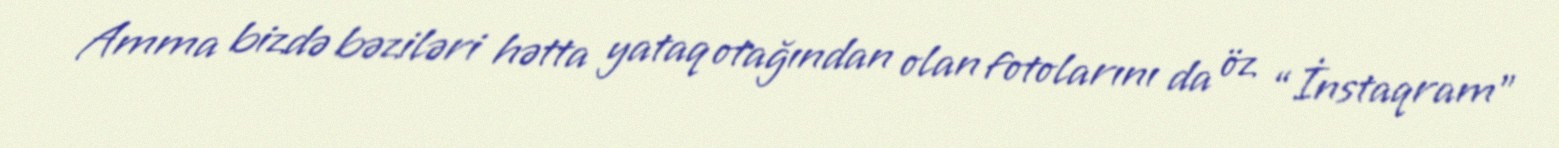
Amma bizdə bəziləri hətta yataq otağından olan fotolarını da öz “İnstaqram”